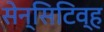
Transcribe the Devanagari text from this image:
सेन्सिटिव्ह